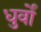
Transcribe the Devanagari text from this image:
धुर्वों